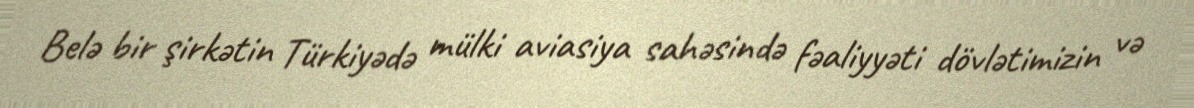
Belə bir şirkətin Türkiyədə mülki aviasiya sahəsində fəaliyyəti dövlətimizin və